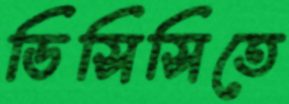
ডিসিসিতে